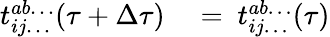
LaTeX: \begin{array}{rl}{t_{ij\dots}^{ab\dots}(\tau+\Delta\tau)}&{{}=~t_{ij\dots}^{ab\dots}(\tau)}\end{array}